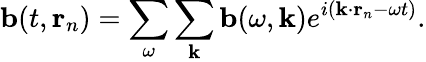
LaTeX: \mathbf{b}(t,\mathbf{r}_{n})=\sum_{\omega}\sum_{\mathbf{k}}\mathbf{b}(\omega,\mathbf{k})e^{i(\mathbf{k}\cdot\mathbf{r}_{n}-\omega t)}.